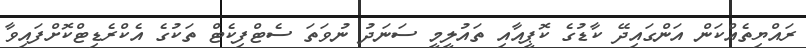
ރައްޔިތެއްކަން އަންގައިދޭ ކާޑުގެ ކޮޕީއާއި ތައުލީމީ ސަނަދު ނުވަތަ ސެޓްފިކެޓް ތަކުގެ އެކްރެޑިޓްކޮށްފައިވާ